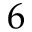
6